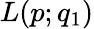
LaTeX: L(p;q_{1})